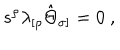
LaTeX: s ^ { \rho } \lambda _ { [ \rho } \hat { \Theta } _ { \sigma ] } = 0 \ ,